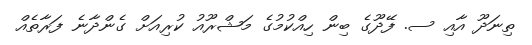
ތިނަދޫ އާއި ސ. ފޭދޫގެ ބިން ހިއްކުމުގެ މަޝްރޫއު ކުރިއަށް ގެންދާނެ ފަރާތެއް